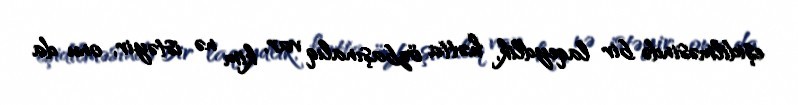
eşidilməsində bir laqeydlik, hətta özbaşınalıq var, kim nə istəyir, onu da